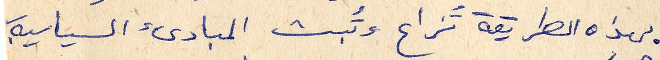
بهذه الطريقة تُزاع وتُبث المبادئ السياسية.